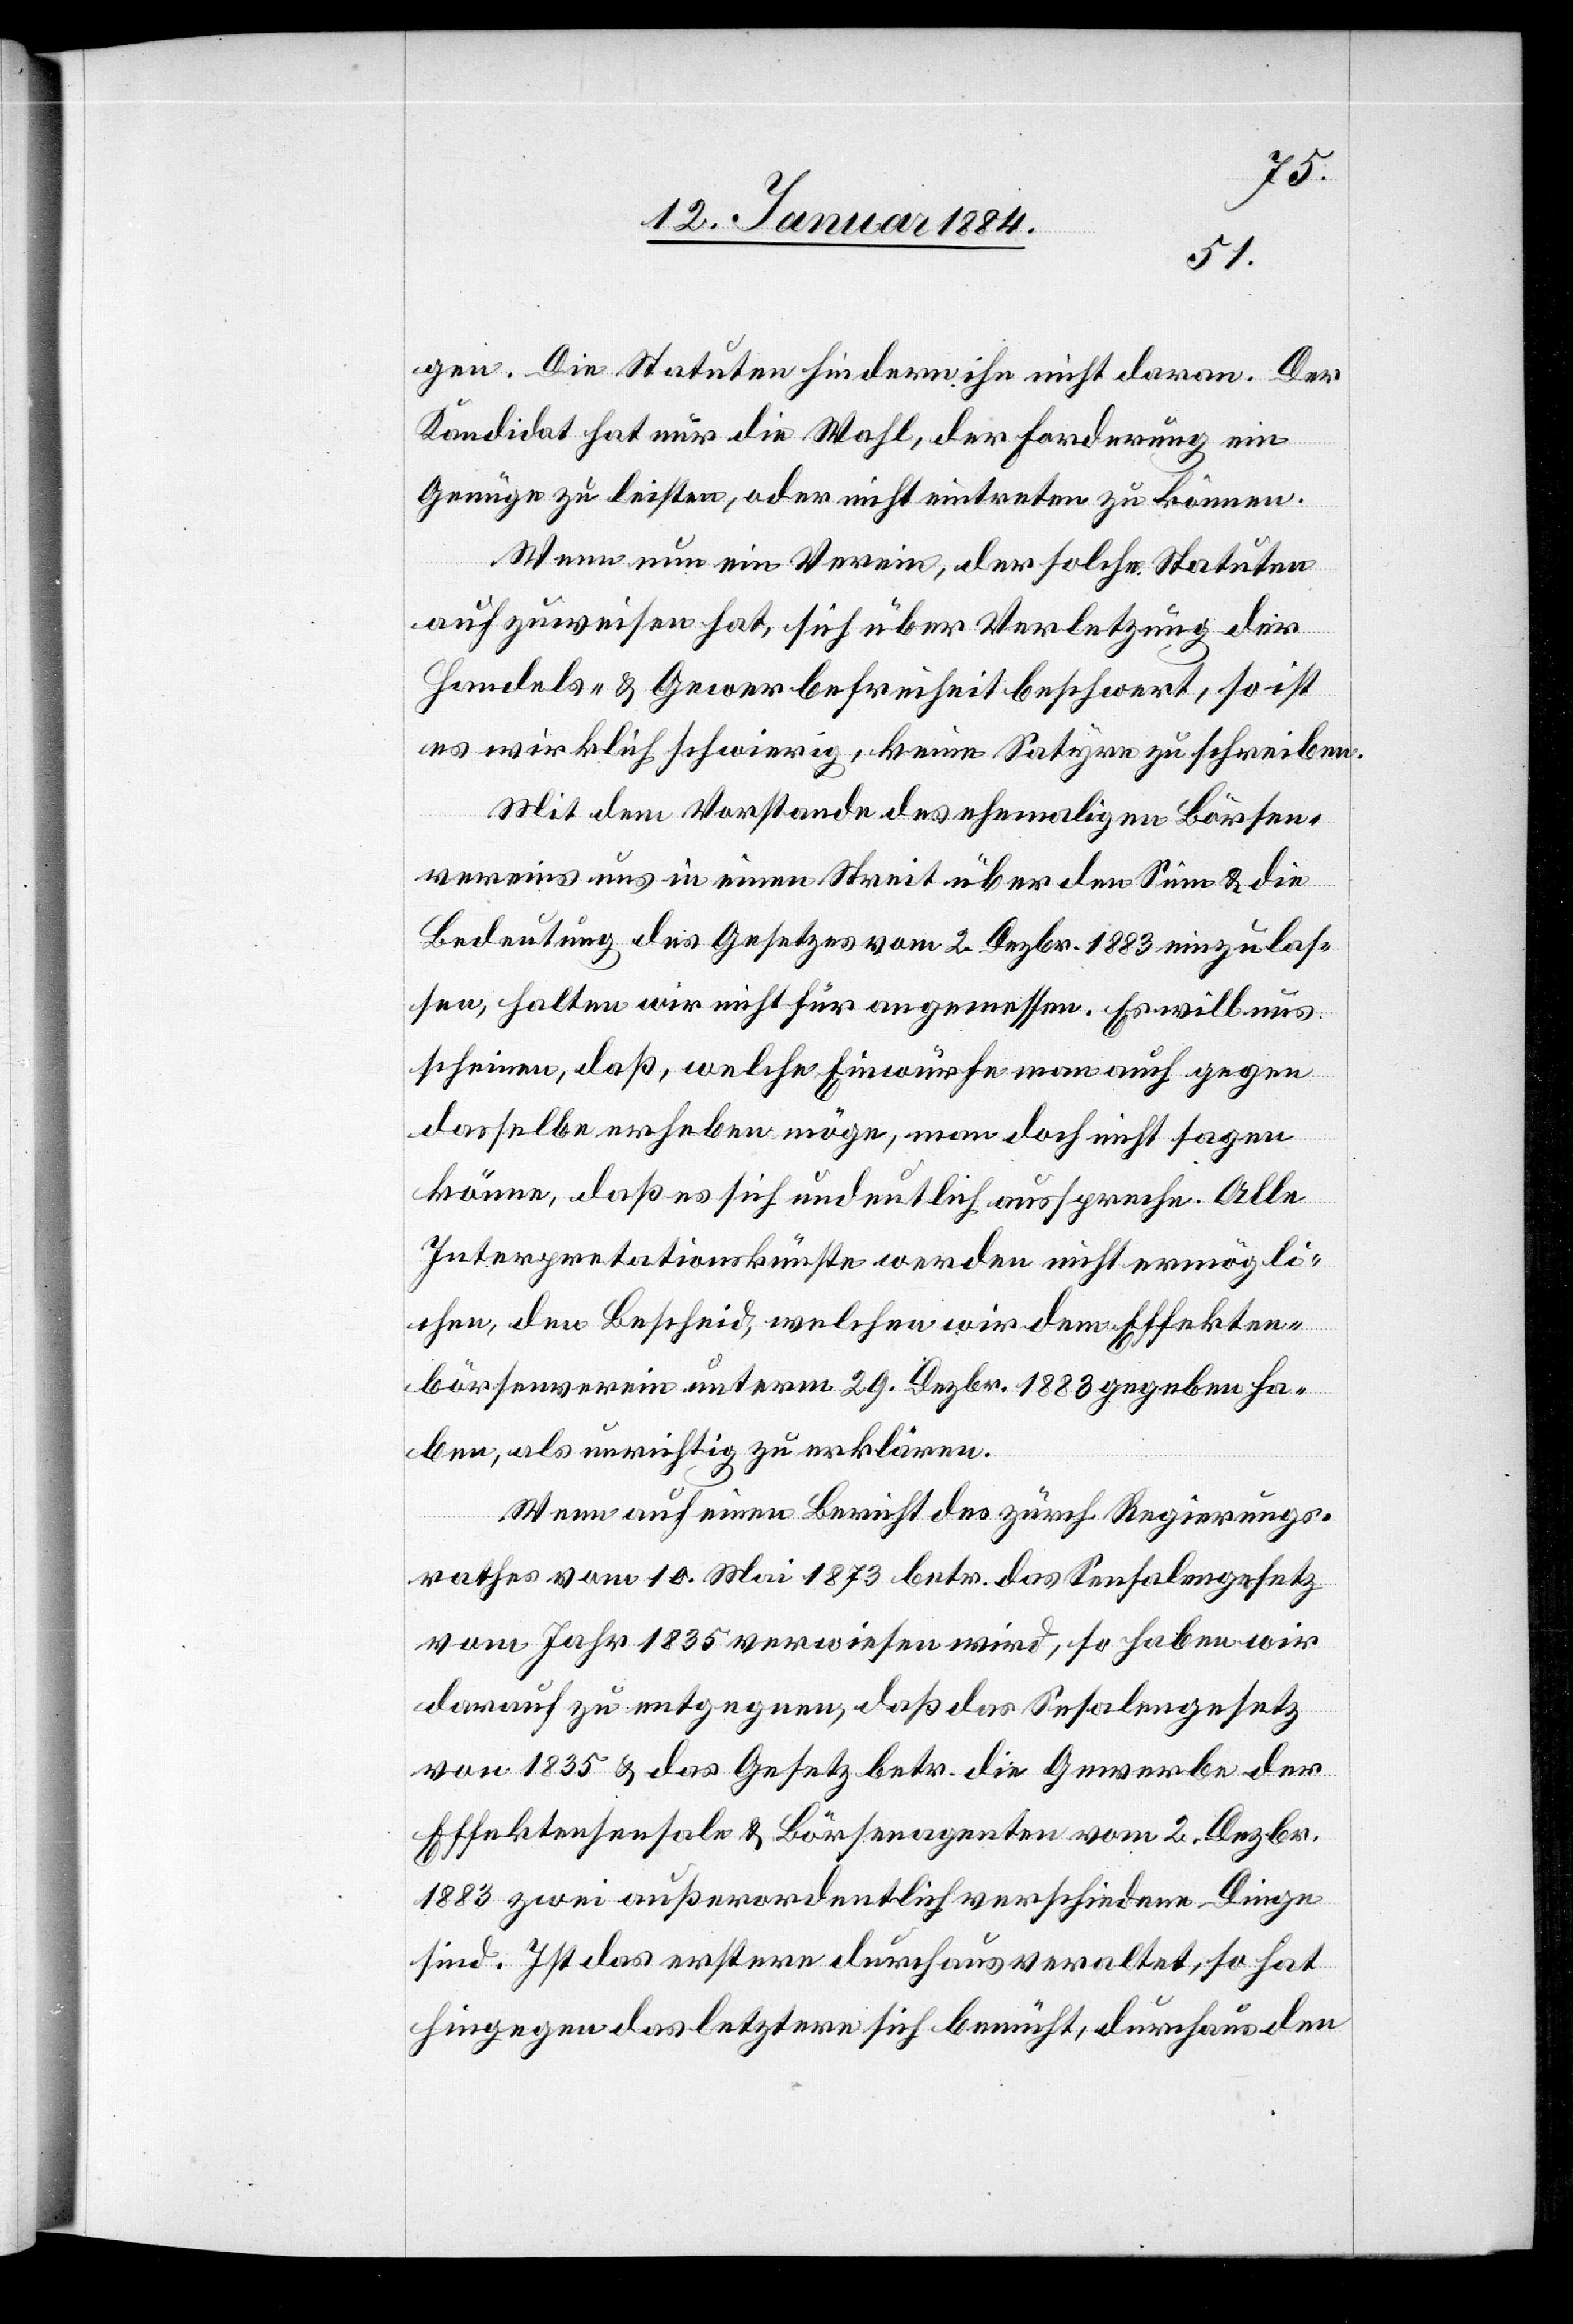
gen. Die Statuten hindern ihn nicht daran. Der
Kandidat hat nur die Wahl, den Forderungen
Genüge zu leisten, oder nicht eintreten zu können.
Wenn nun ein Verein, der solche Statuten
aufzuweisen hat, sich über Verletzung der
Handels- & Gewerbefreiheit beschwert, so ist
es wirklich schwierig, keine Satyre zu schreiben.
Mit dem Vorstande des ehemaligen Börsen¬
vereins uns in einen Streit über den Sinn & die
Bedeutung des Gesetzes vom 2. Dezbr. 1883 einzulas¬
sen, halten wir nicht für angemessen. Es will und
scheinen, daß, welche Einwürfe man auch gegen
dasselbe erheben möge, man doch nicht sagen
könne, daß es sich undeutlich ausspreche. Alle
Interpretationskünste werden nicht ermögli¬
chen, den Bescheid, welchen wir dem Effekten¬
börsenverein unterm 29. Dezbr. 1883 gegeben ha¬
ben, als unrichtig zu erklären.
Wenn auf einen Bericht des zürch. Regierungs¬
rathes vom 10. Mai 1873 betr. das Sensalengesetz
vom Jahr 1835 verwiesen wird, so haben wir
darauf zu entgegnen, daß das Sensalengesetz
von 1835 & das Gesetz betr. die Gewerbe der
Effektensensale & Börsenagenten vom 2. Dezbr.
1883 zwei außerordentlich verschiedene Dinge
sind. Ist das erstere durchaus veraltet, so hat
hingegen das letztere sich bemüht, durchaus den